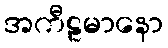
အကီဠမာနော